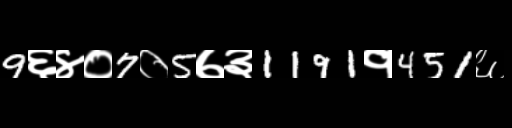
Text: 9६४०7०5७३1191१451६